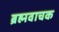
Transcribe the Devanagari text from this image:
ब्रह्मवाचक